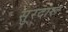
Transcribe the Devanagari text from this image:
सुरदारू